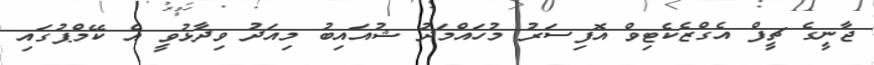
ޖާނީގެ ޗީފް އެގްޒެކެޓިވް އޮފިސަރު މުހައްމަދު ޝުއައިބު މިއަދު ވިދާޅުވީ އެ ކޭމްޕުގައި